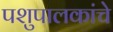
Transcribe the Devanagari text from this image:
पशुपालकांचे